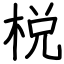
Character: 棁